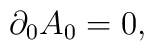
\partial_0 A_0 = 0,